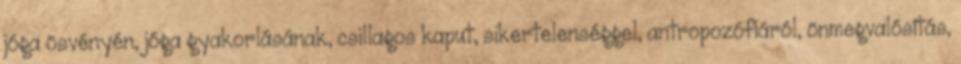
jóga ösvényén, jóga gyakorlásának, csillagos kaput, sikertelenséggel, antropozófiáról, önmegvalósítás,